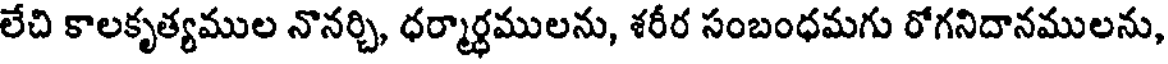
లేచి కాలకృత్యముల నొనర్చి, ధర్మార్ధములను, శరీర సంబంధమగు రోగనిదానములను,